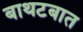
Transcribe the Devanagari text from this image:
बाथटबात